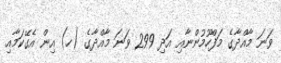
ވަނަ މާއްދާގެ މަފްހޫމުންނާއި އަދި 299 ވަނަ މާއްދާގެ (ހ) އިން އެގޭކަމާއި